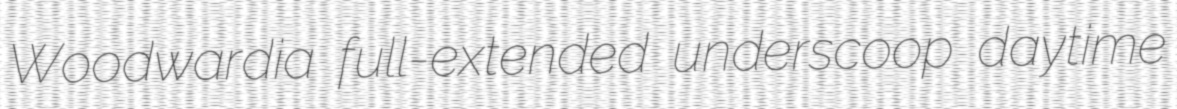
Woodwardia full-extended underscoop daytime